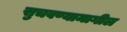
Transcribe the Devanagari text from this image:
सुचवण्यामागील